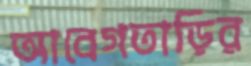
আবেগতাড়ির